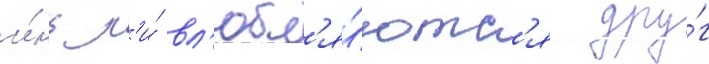
и́нь л'и́ вл'юбл'я́ютс'я дру́г